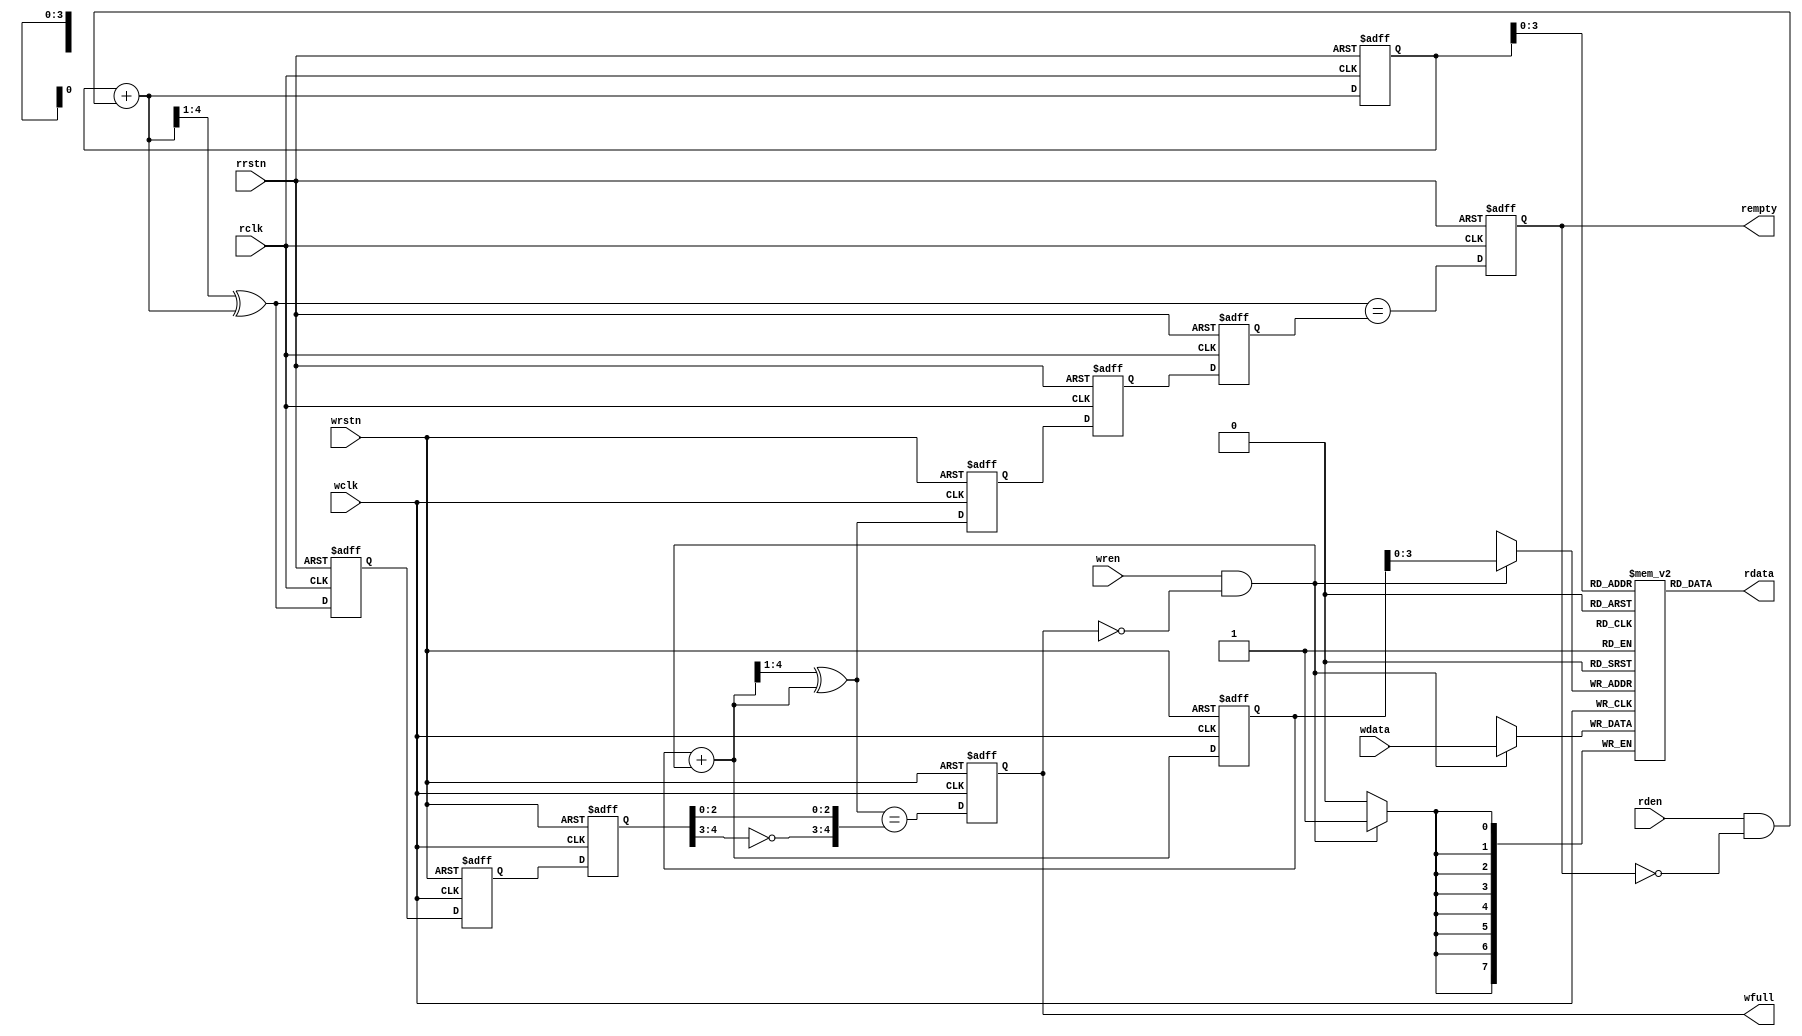
module Async_FIFO (
	input   wire    wclk,					// Клоковый домени А
	input   wire    wrstn,				   // Сброс записи
	input   wire    wren,					// Разрешение записи
	input   wire    [dw-1:0] wdata,		// Данные на запись

   input	wire    rclk,                 // Клоковый домен В
   input	wire    rrstn,                // Сброс чтения
   input	wire    rden,                 // Разрешение чтения  

	output	reg   wfull,					// Флаг - память полна
   output	wire	[dw-1:0] rdata,		// Считанные данные
	output	reg	rempty					// Флаг - память пуста

	);
	
	
	parameter dsize = 8, asize = 4;		// Размерность данных - 8 бит, количество ячеек памяти - 4 ячейки
	localparam dw = dsize, aw = asize;


	wire [aw-1:0] waddrmem, raddrmem;
	wire wfull_next, rempty_next;
	reg [aw:0] wgray, wbin, wq2_rgray, wq1_rgray,rgray, rbin, rq2_wgray, rq1_wgray;
				
	
	wire [aw:0] wgraynext, wbinnext;
	wire [aw:0] rgraynext, rbinnext;

	reg [dw-1:0]	mem	[0:((1<<aw)-1)];

    // Начальное состояние переменных
    
     
initial	{ wq2_rgray,  wq1_rgray } = 0;

	always @(posedge wclk or negedge wrstn)
	    if (!wrstn)
            { wq2_rgray,wq1_rgray } <= 0;
	    else 
            { wq2_rgray, wq1_rgray } <= { wq1_rgray, rgray };

	assign	wbinnext  = wbin + { {(aw){1'b0}}, ((wren) && (!wfull)) };
	assign	wgraynext = (wbinnext >> 1) ^ wbinnext;
	assign	waddrmem = wbin[aw-1:0];

initial	{ wbin, wgray } = 0;
    always @(posedge wclk or negedge wrstn)
        if (!wrstn)
	        { wbin, wgray } <= 0;
        else
            { wbin, wgray } <= { wbinnext, wgraynext };

    assign	wfull_next = (wgraynext == { ~wq2_rgray[aw:aw-1],wq2_rgray[aw-2:0] });

				
initial	wfull = 0;
    always @(posedge wclk or negedge wrstn)
    if (!wrstn)
        wfull <= 1'b0;
	else
	    wfull <= wfull_next;

always @(posedge wclk)
    if ((wren)&&(!wfull))
	    mem[waddrmem] <= wdata;

initial	{ rq2_wgray,  rq1_wgray } = 0;
always @(posedge rclk or negedge rrstn)
    if (!rrstn)
        { rq2_wgray, rq1_wgray } <= 0;
    else
        { rq2_wgray, rq1_wgray } <= { rq1_wgray, wgray };


    assign	rbinnext  = rbin + { {(aw){1'b0}}, ((rden)&&(!rempty)) };
    assign	rgraynext = (rbinnext >> 1) ^ rbinnext;

initial	{ rbin, rgray } = 0;
	always @(posedge rclk or negedge rrstn)
if (!rrstn)
	{ rbin, rgray } <= 0;
else
	{ rbin, rgray } <= { rbinnext, rgraynext };

    assign	raddrmem = rbin[aw-1:0];
    assign	rempty_next = (rgraynext == rq2_wgray);

initial rempty = 1;
always @(posedge rclk or negedge rrstn)
    if (!rrstn)
    	rempty <= 1'b1;
    else
	    rempty <= rempty_next;

    assign	rdata = mem[raddrmem];
endmodule